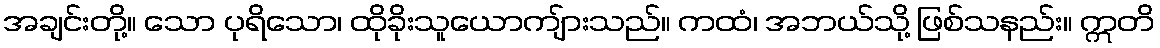
အချင်းတို့။ သော ပုရိသော၊ ထိုခိုးသူယောကျ်ားသည်။ ကထံ၊ အဘယ်သို့ ဖြစ်သနည်း။ ဣတိ